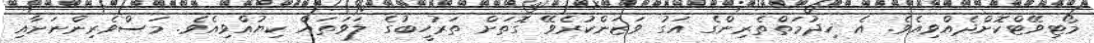
މޯޓިވޭޓްކޮށްދެއްވިއެވެ. އެ ޚިދުމަތްތެރިންގެ އަގު ވަޒަންކުރެވޭ ގޮތަށް ތަރުހީބުގެ ލަވަތައް ކިޔުއްވިއެވެ. މަސްވެރިންނަށާއި